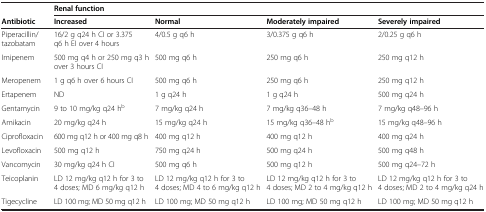
<table><thead><tr><td><b> </b></td><td colspan="4"><b>Renal function</b></td></tr><tr><td><b>Antibiotic</b></td><td><b>Increased</b></td><td><b>Normal</b></td><td><b>Moderately impaired</b></td><td><b>Severely impaired</b></td></tr></thead><tbody><tr><td>Piperacillin/tazobatam</td><td>16/2 g q24 h CI or 3.375 q6 h EI over 4 hours</td><td>4/0.5 g q6 h</td><td>3/0.375 g q6 h</td><td>2/0.25 g q6 h</td></tr><tr><td>Imipenem</td><td>500 mg q4 h or 250 mg q3 h over 3 hours CI</td><td>500 mg q6 h</td><td>250 mg q6 h</td><td>250 mg q12 h</td></tr><tr><td>Meropenem</td><td>1 g q6 h over 6 hours CI</td><td>500 mg q6 h</td><td>250 mg q6 h</td><td>250 mg q12 h</td></tr><tr><td>Ertapenem</td><td>ND</td><td>1 g q24 h</td><td>1 g q24 h</td><td>500 mg q24 h</td></tr><tr><td>Gentamycin</td><td>9 to 10 mg/kg q24 h<sup>b</sup></td><td>7 mg/kg q24 h</td><td>7 mg/kg q36–48 h</td><td>7 mg/kg q48–96 h</td></tr><tr><td>Amikacin</td><td>20 mg/kg q24 h</td><td>15 mg/kg q24 h</td><td>15 mg/kg q36–48 h<sup>b</sup></td><td>15 mg/kg q48–96 h</td></tr><tr><td>Ciprofloxacin</td><td>600 mg q12 h or 400 mg q8 h</td><td>400 mg q12 h</td><td>400 mg q12 h</td><td>400 mg q24 h</td></tr><tr><td>Levofloxacin</td><td>500 mg q12 h</td><td>750 mg q24 h</td><td>500 mg q24 h</td><td>500 mg q48 h</td></tr><tr><td>Vancomycin</td><td>30 mg/kg q24 h CI</td><td>500 mg q6 h</td><td>500 mg q12 h</td><td>500 mg q24–72 h</td></tr><tr><td>Teicoplanin</td><td>LD 12 mg/kg q12 h for 3 to 4 doses; MD 6 mg/kg q12 h</td><td>LD 12 mg/kg q12 h for 3 to 4 doses; MD 4 to 6 mg/kg q12 h</td><td>LD 12 mg/kg q12 h for 3 to 4 doses; MD 2 to 4 mg/kg q12 h</td><td>LD 12 mg/kg q12 h for 3 to 4 doses; MD 2 to 4 mg/kg q24 h</td></tr><tr><td>Tigecycline</td><td>LD 100 mg; MD 50 mg q12 h</td><td>LD 100 mg; MD 50 mg q12 h</td><td>LD 100 mg; MD 50 mg q12 h</td><td>LD 100 mg; MD 50 mg q12 h</td></tr></tbody></table>